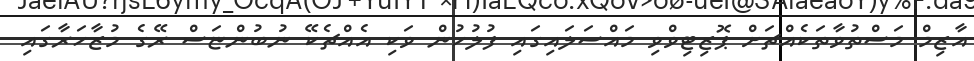
އާޒިމް މަސްތުވާތަކެއްޗަށް ޕޮޒިޓިވްވި މައްސަލައިގައި ފުލުހުން ވަކި އެއްޗެކޭ ނުބުންޏަސް ރޭގެ މުޒާހަރާގައި